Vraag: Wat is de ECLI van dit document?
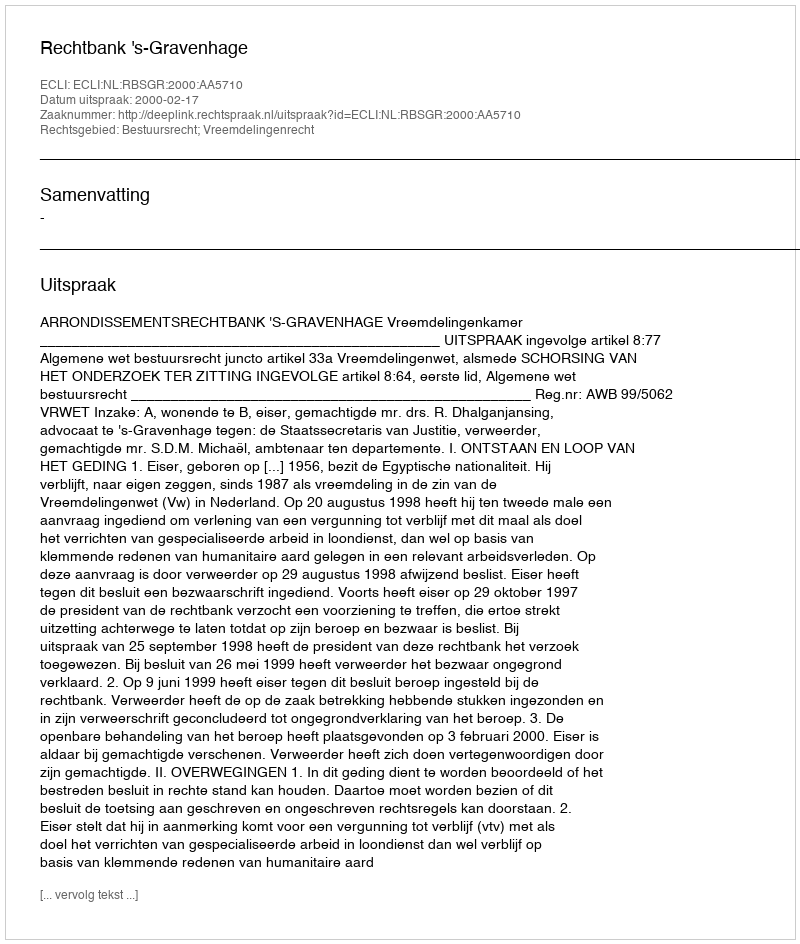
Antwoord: ECLI:NL:RBSGR:2000:AA5710